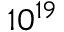
1 0 ^ { 1 9 }